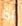
إذا